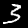
Digit: 3